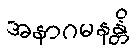
အနာဂမနန္တိ